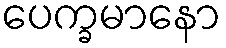
ပေက္ခမာနော